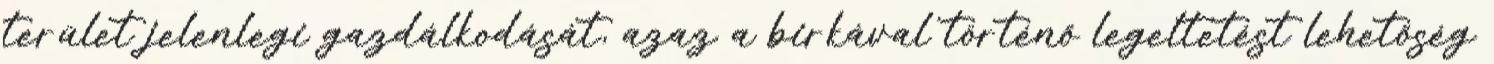
terület jelenlegi gazdálkodását, azaz a birkával történő legeltetést lehetőség